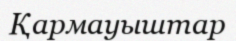
Қармауыштар